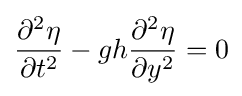
{\frac {\partial ^{2}\eta }{\partial t^{2}}}-gh{\frac {\partial ^{2}\eta }{\partial y^{2}}}=0